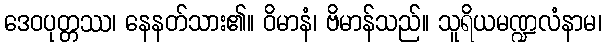
ဒေဝပုတ္တဿ၊ နေနတ်သား၏။ ဝိမာနံ၊ ဗိမာန်သည်။ သူရိယမဏ္ဍလံနာမ၊